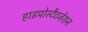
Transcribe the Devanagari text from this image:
हाइपोस्टैटजेशन